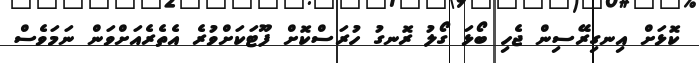
ކޮޅަށް އިނގިރޭސިން ޖެހި ބޯޅަ ގޯލު ރޮނގު ހުރަސްކޮށް ފޫޓަކަށްވުރެ އެތެރެއަށްވަން ނަމަވެސް